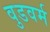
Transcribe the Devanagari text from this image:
वुडवर्म